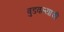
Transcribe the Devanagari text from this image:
बुडवल्याची